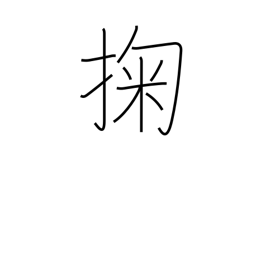
Meaning: scoop up water with the hand